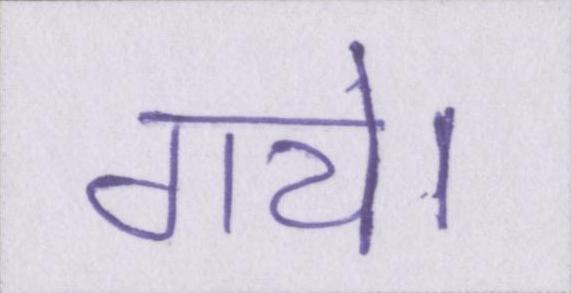
गये।